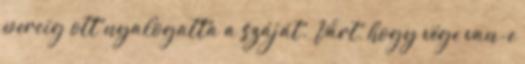
percig ott nyalogatta a száját. Várt, hogy vége van-e